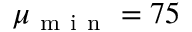
\mu _ { \mathrm { ~ m ~ i ~ n ~ } } = 7 5